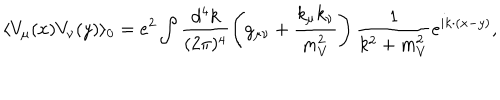
LaTeX: \langle V _ { \mu } ( x ) V _ { \nu } ( y ) \rangle _ { 0 } = e ^ { 2 } \int \frac { d ^ { 4 } k } { ( 2 \pi ) ^ { 4 } } \left( g _ { \mu \nu } + \frac { k _ { \mu } k _ { \nu } } { m _ { V } ^ { 2 } } \right) \frac { 1 } { k ^ { 2 } + m _ { V } ^ { 2 } } e ^ { i k \cdot ( x - y ) } ,